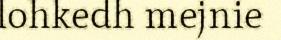
lohkedh mejnie